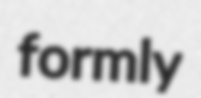
formly